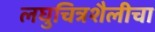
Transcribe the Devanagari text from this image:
लघुचित्रशैलीचा